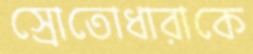
স্রোতোধারাকে